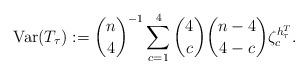
LaTeX: \begin{align*}\mathrm{Var}(T_\tau) := {n \choose 4}^{-1} \sum_{c = 1}^4 {4 \choose c } {n - 4 \choose 4 - c} \zeta_c^{h^T_\tau}. \end{align*}